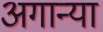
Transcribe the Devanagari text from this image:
अगान्या